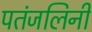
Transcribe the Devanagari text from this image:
पतंजलिनी